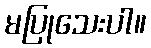
မပြုသေးပါ။